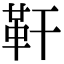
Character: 靬